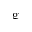
\mathrm { g }